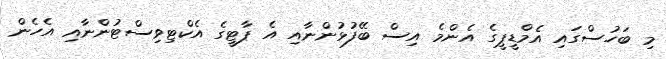
މި ބަހުސްގައި އެމްޑީޕީގެ އެންމެ އިސް ބޭފުޅުންނާއި އެ ޕާޓީގެ އެކްޓިވިސްޓުންނާއި އެހެން